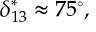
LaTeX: \delta _ { 1 3 } ^ { * } \approx 7 5 ^ { \circ } ,